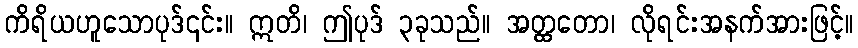
ကိရိယဟူသောပုဒ်၎င်း။ ဣတိ၊ ဤပုဒ် ၃ခုသည်။ အတ္ထတော၊ လိုရင်းအနက်အားဖြင့်။